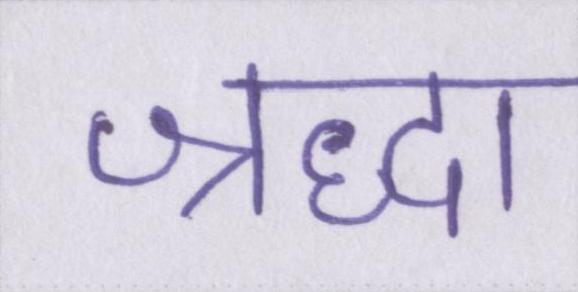
श्रद्धा